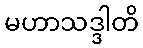
မဟာသဒ္ဒါတိ